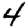
Digit: 4